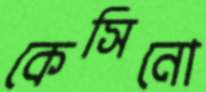
কেসিনো